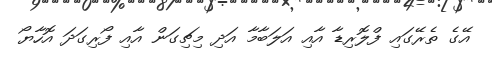
އޭގެ ތެރޭގައި ފްލޮރިޑާ އާއި އަލަބާމާ އަދި މިޗިގަން އާއި ފޯރިގަދަ އޮހާޔޯ